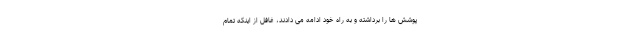
پوشش ها را برداشته و به راه خود ادامه می دادند، غافل از اینکه تمام